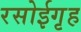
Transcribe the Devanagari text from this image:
रसोईगृह